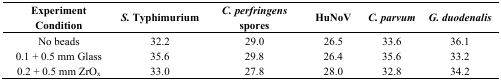
<table><thead><tr><td><b>Experiment Condition</b></td><td><b><i>S.</i> Typhimurium</b></td><td><b><i>C. perfringens</i> spores</b></td><td><b>HuNoV</b></td><td><b><i>C. parvum</i></b></td><td><b><i>G. duodenalis</i></b></td></tr></thead><tbody><tr><td>No beads</td><td>32.2</td><td>29.0</td><td>26.5</td><td>33.6</td><td>36.1</td></tr><tr><td>0.1 + 0.5 mm Glass </td><td>35.6</td><td>29.8</td><td>26.4</td><td>35.6</td><td>33.2</td></tr><tr><td>0.2 + 0.5 mm ZrO<sub>x</sub></td><td>33.0</td><td>27.8</td><td>28.0</td><td>32.8</td><td>34.2</td></tr></tbody></table>